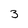
Character: 3